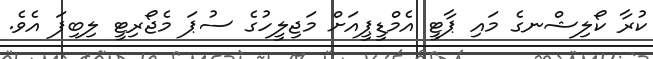
ކުރާ ކޯލިޝްނގެ މައި ޕާޓީ އެމްޑީޕީއަށް މަޖިލީހުގެ ސުޕަ މެޖޯރިޓީ ލިބިފަ އެވެ.